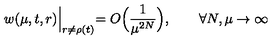
w ( \mu , t , r ) \Bigl | _ { r \ne \rho ( t ) } = O \Bigl ( \frac { 1 } { \mu ^ { 2 N } } \Bigr ) , \qquad \forall N , \mu \to \infty